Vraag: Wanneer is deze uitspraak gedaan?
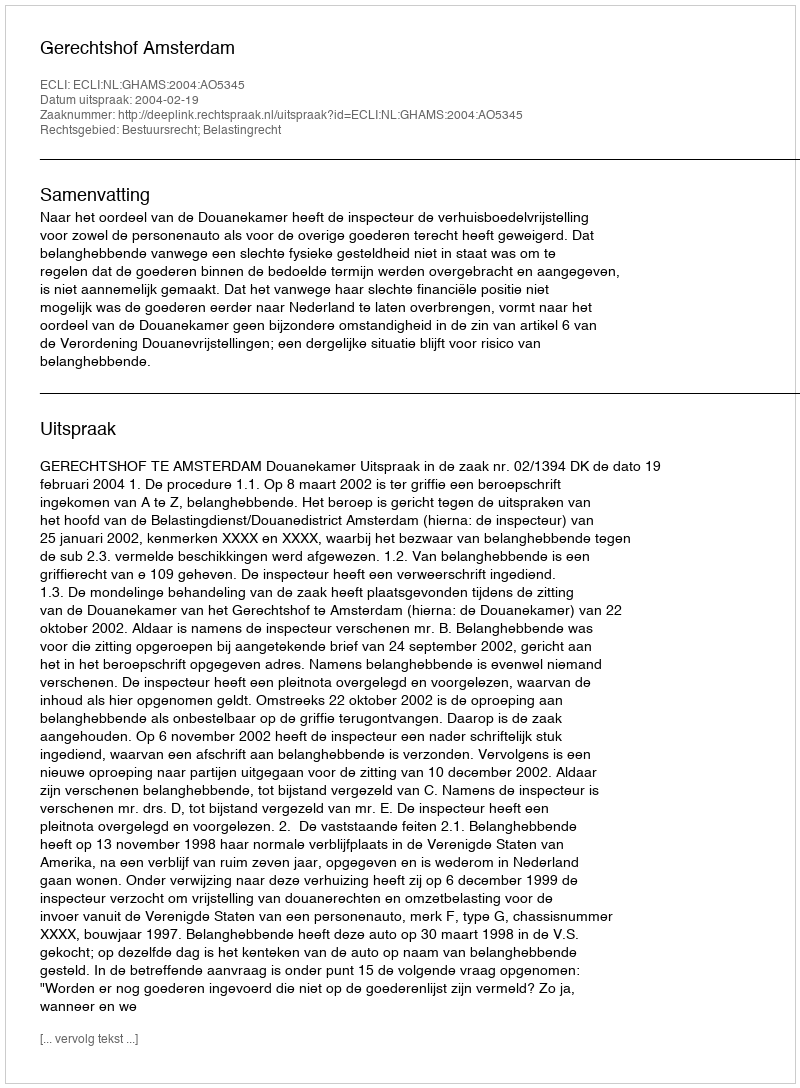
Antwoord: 2004-02-19